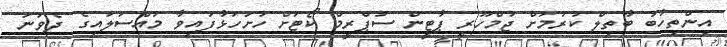
އިންތިހާބު ބާތިލް ކުރުމަށް ޖުމްހޫރީ ޕާޓީން ސުޕްރީމް ކޯޓަށް ހުށަހަޅާފައިވާ މައްސަލައިގެ ދެވަނަ